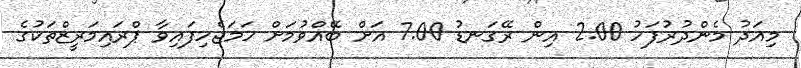
މިއަދު މެންދުރުފަހު 2.00 އިން ރޭގަނޑު 7.00 އަށް ބޭއްވުމަށް ހަމަޖެހިފައިވާ ޕްރައިމަރީޒްތަކުގެ